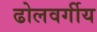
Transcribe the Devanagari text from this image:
ढोलवर्गीय